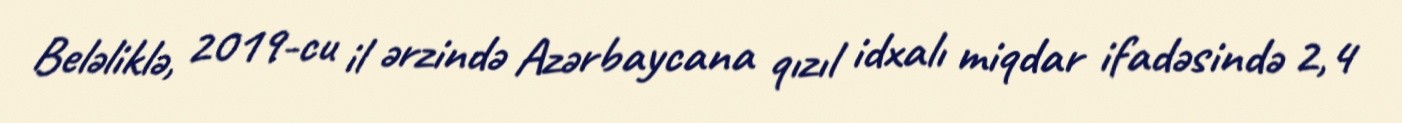
Beləliklə, 2019-cu il ərzində Azərbaycana qızıl idxalı miqdar ifadəsində 2,4